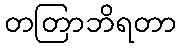
တတြာဘိရတာ